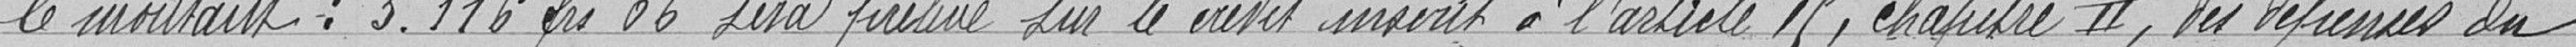
le montant : 3.116,06 francs sera  prélevé sur le crédit inscrit à l'article 15, chapitre II, les dépenses du